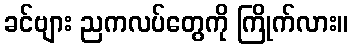
ခင်ဗျား ညကလပ်တွေကို ကြိုက်လား။